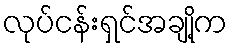
လုပ်ငန်းရှင်အချို့က